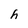
Character: h